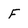
Character: F